Leaving Certificate Examination (including Day School Certificate (Higher) General paper), 1939
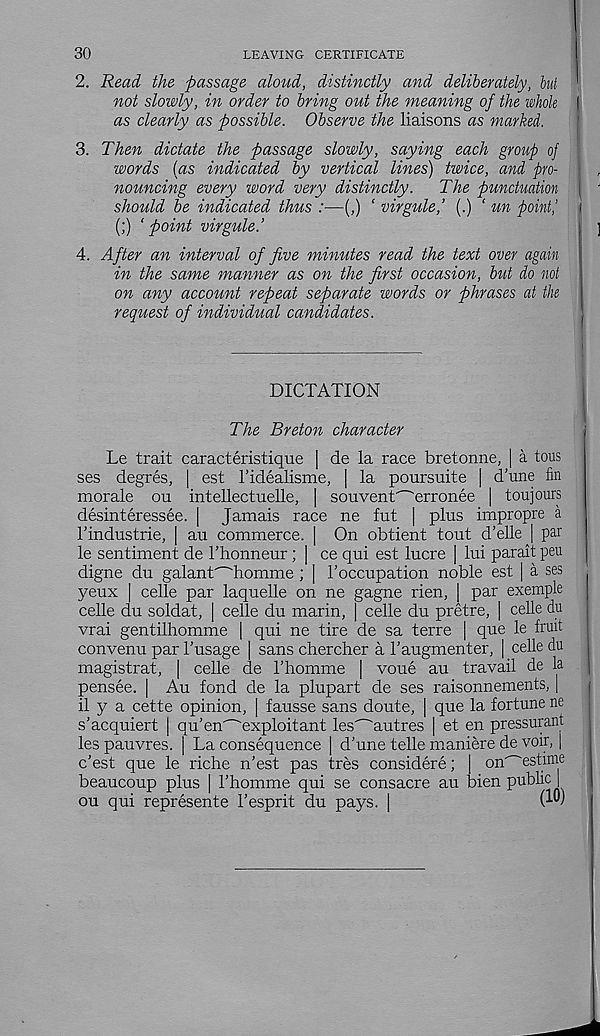
30
LEAVING CERTIFICATE
2. Read the passage aloud, distinctly and deliberately, but
not slowly, in order to bring out the meaning of the whole, I
as clearly as possible. Observe the liaisons as marked.
3. Then dictate the passage slowly, saying each group of
words (as indicated by vertical lines) twice, and pro-
nouncing every word very distinctly.
The punctuation i
should be indicated thus :—(,) ‘ virgule,’ (.) ‘ rm point,’ i
(;) ‘point virgule.’
4. After an interval of five minutes read the text over again
in the same manner as on the first occasion, but do not
on any account repeat separate words or phrases at the
request of individual candidates.
DICTATION
The Breton character
Le trait caracteristique | de la race bretonne, | a tous
ses degres, | est I’idealisme, | la poursuite | d'une fin
morale ou intellectuelle, | souvent^erronee | toujours
desinteressee. | Jamais race ne fut | plus impropre a
1’industrie, ] au commerce. | On obtient tout d’elle | par
le sentiment de I’honneur ; | ce qui est lucre | lui parait peu
digne du galant'~'homme; [ 1’occupation noble est | a ses
yeux | celle par laquelle on ne gagne rien, | par exeraple
celle du soldat, | celle du marin, | celle du pretre, | celle du
vrai gentilhomme | qui ne tire de sa terre | que le fruit
convenu par 1’usage | sans chercher a 1’augmenter, | celle du
magistral, | celle de I’liomme | voue au travail de la
pensee. | Au fond de la plupart de ses raisonnements, |
il y a cette opinion, | fausse sans doute, | que la fortune ne
s’acquiert | qu’en^exploitant les^autres | et en pressurant
les pauvres. | La consequence | d'une telle maniere de voir, |
c’est que le riche n’est pas tres considere;
on'~'estime
beaucoup plus | I’homme qui se consacre au bien public |
ou qui represente Fesprit du pays. |